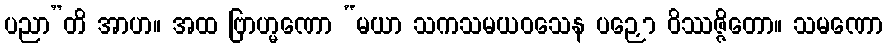
ပညာ”တိ အာဟ။ အထ ဗြာဟ္မဏော “မယာ သကသမယဝသေန ပဉှော ဝိဿဇ္ဇိတော။ သမဏော